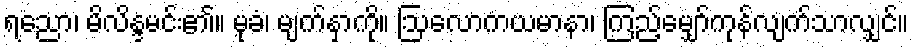
ရညော၊ မိလိန္ဒမင်း၏။ မုခံ၊ မျက်နှာကို။ ဩလောကယမာနာ၊ ကြည့်မျှော်ကုန်လျက်သာလျှင်။